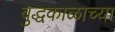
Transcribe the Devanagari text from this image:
बुद्धकाळाच्या